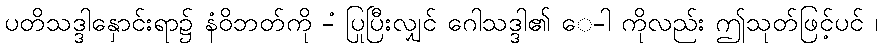
ပတိသဒ္ဒါနှောင်းရာ၌ နံဝိဘတ်ကို -ံ ပြုပြီးလျှင် ဂေါသဒ္ဒါ၏ ေ-ါ ကိုလည်း ဤသုတ်ဖြင့်ပင် ၊